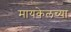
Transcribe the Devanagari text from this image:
मायकेलच्या